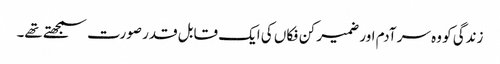
زندگی کو وہ سر آدم اور ضمیر کن فکاں کی ایک قابل قدر صورت سمجھتے تھے۔